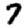
Digit: 7